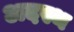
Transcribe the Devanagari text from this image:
अदस्थ